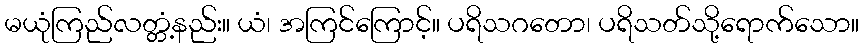
မယုံကြည်လတ္တံ့နည်း။ ယံ၊ အကြင်ကြောင့်။ ပရိသဂတော၊ ပရိသတ်သို့ရောက်သော။